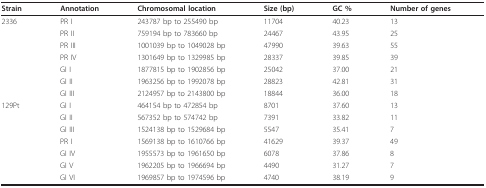
| Strain | Annotation | Chromosomal location | Size (bp) | GC % | Number of genes |
 | --- | --- | --- | --- | --- | --- |
 | 2336 | PR I | 243787 bp to 255490 bp | 11704 | 40.23 | 13 |
 |  | PR II | 759194 bp to 783660 bp | 24467 | 43.95 | 25 |
 |  | PR III | 1001039 bp to 1049028 bp | 47990 | 39.63 | 55 |
 |  | PR IV | 1301649 bp to 1329985 bp | 28337 | 39.85 | 39 |
 |  | GI I | 1877815 bp to 1902856 bp | 25042 | 37.00 | 21 |
 |  | GI II | 1963256 bp to 1992078 bp | 28823 | 42.81 | 31 |
 |  | GI III | 2124957 bp to 2143800 bp | 18844 | 36.00 | 18 |
 | 129Pt | GI I | 464154 bp to 472854 bp | 8701 | 37.60 | 13 |
 |  | GI II | 567352 bp to 574742 bp | 7391 | 33.82 | 11 |
 |  | GI III | 1524138 bp to 1529684 bp | 5547 | 35.41 | 7 |
 |  | PR I | 1569138 bp to 1610766 bp | 41629 | 39.37 | 49 |
 |  | GI IV | 1955573 bp to 1961650 bp | 6078 | 37.86 | 8 |
 |  | GI V | 1962205 bp to 1966694 bp | 4490 | 31.27 | 7 |
 |  | GI VI | 1969857 bp to 1974596 bp | 4740 | 38.19 | 9 |